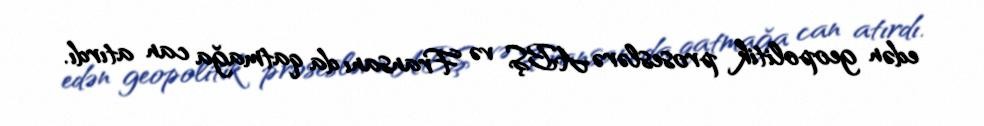
edən geopolitik proseslərə ABŞ və Fransanı da qatmağa can atırdı.